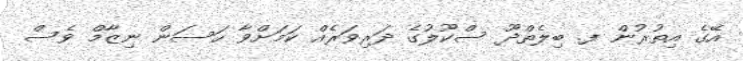
އޭގެ އިތުރުން ފ. ބިލެތްދޫ ސްކޫލުގެ ދަރިވަރެއް ކަމަށްވާ ހަސަން ނިޒާމް ވެސް